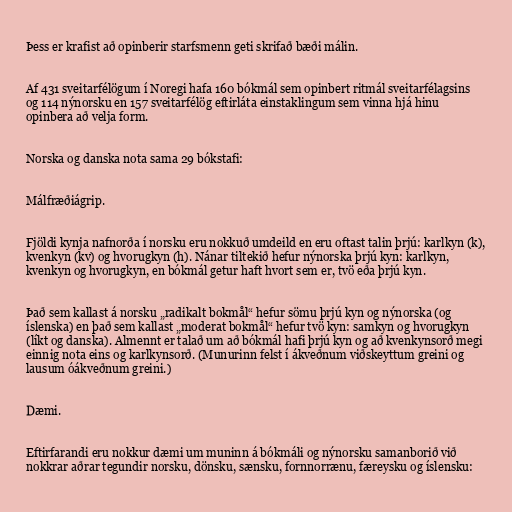
Þess er krafist að opinberir starfsmenn geti skrifað bæði málin.

Af 431 sveitarfélögum í Noregi hafa 160 bókmál sem opinbert ritmál sveitarfélagsins
og 114 nýnorsku en 157 sveitarfélög eftirláta einstaklingum sem vinna hjá hinu
opinbera að velja form.

Norska og danska nota sama 29 bókstafi:

Málfræðiágrip.

Fjöldi kynja nafnorða í norsku eru nokkuð umdeild en eru oftast talin þrjú: karlkyn (k),
kvenkyn (kv) og hvorugkyn (h). Nánar tiltekið hefur nýnorska þrjú kyn: karlkyn,
kvenkyn og hvorugkyn, en bókmál getur haft hvort sem er, tvö eða þrjú kyn.

Það sem kallast á norsku „radikalt bokmål“ hefur sömu þrjú kyn og nýnorska (og
íslenska) en það sem kallast „moderat bokmål“ hefur tvö kyn: samkyn og hvorugkyn
(líkt og danska). Almennt er talað um að bókmál hafi þrjú kyn og að kvenkynsorð megi
einnig nota eins og karlkynsorð. (Munurinn felst í ákveðnum viðskeyttum greini og
lausum óákveðnum greini.)

Dæmi.

Eftirfarandi eru nokkur dæmi um muninn á bókmáli og nýnorsku samanborið við
nokkrar aðrar tegundir norsku, dönsku, sænsku, fornnorrænu, færeysku og íslensku: